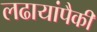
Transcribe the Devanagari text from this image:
लढायांपैकी